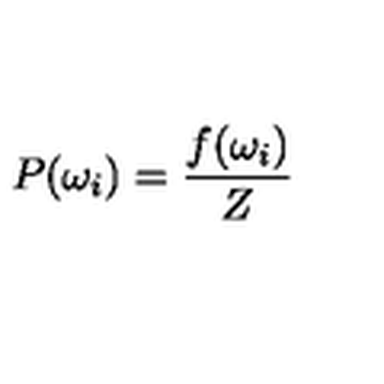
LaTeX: P ( \omega _ { i } ) = \frac { f ( \omega _ { i } ) } { Z }